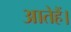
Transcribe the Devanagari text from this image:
आतेहैं।